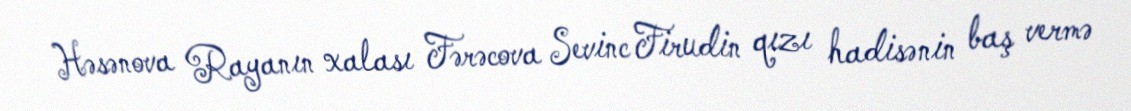
Həsənova Rayanın xalası Fərəcova Sevinc Firudin qızı hadisənin baş vermə